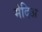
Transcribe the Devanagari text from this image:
मेदिअ